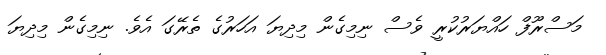
މަސްރޫފް ހައްޔަރުކުރީ ވެސް ނިމިގެން މިދިޔަ އަހަރުގެ ތެރޭގަ އެވެ. ނިމިގެން މިދިޔަ